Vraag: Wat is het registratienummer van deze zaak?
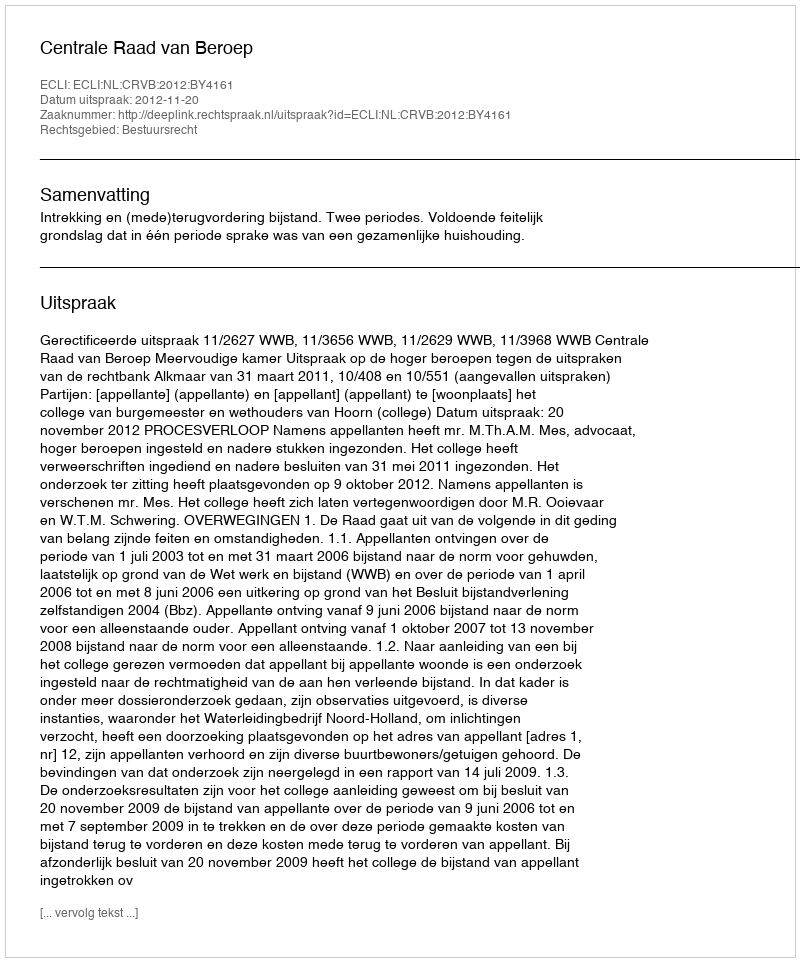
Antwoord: http://deeplink.rechtspraak.nl/uitspraak?id=ECLI:NL:CRVB:2012:BY4161